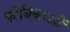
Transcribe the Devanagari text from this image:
कोबिकाओं